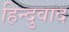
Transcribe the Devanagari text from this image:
हिन्दुवाद